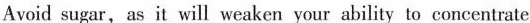
Avoid sugar, as it will weaken your ability to concentrate